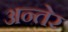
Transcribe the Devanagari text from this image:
अन्तेर